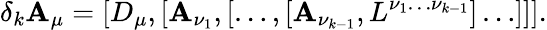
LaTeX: \delta_{k}\mathbf{A}_{\mu}=[D_{\mu},[\mathbf{A}_{\nu_{1}},[\ldots,[\mathbf{A}_{\nu_{k-1}},L^{\nu_{1}\ldots\nu_{k-1}}]\ldots]]].